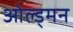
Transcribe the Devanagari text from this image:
ओल्ड्मन